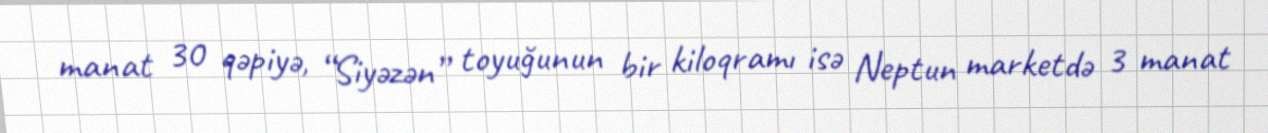
manat 30 qəpiyə, “Siyəzən” toyuğunun bir kiloqramı isə Neptun marketdə 3 manat